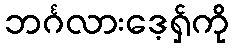
ဘင်္ဂလားဒေ့ရှ်ကို